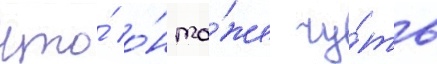
что́ о́н то́же чу́ть